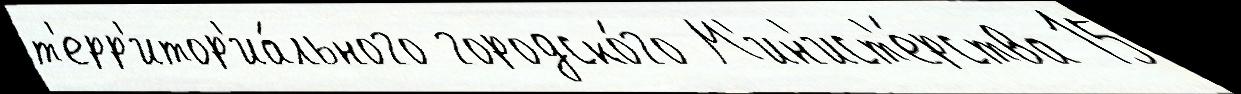
т'ерр'итор'иа́льного городско́го М'ин'ист'е́рства 15